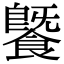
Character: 𩞚